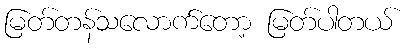
မြတ်တန်သလောက်တော့ မြတ်ပါတယ်